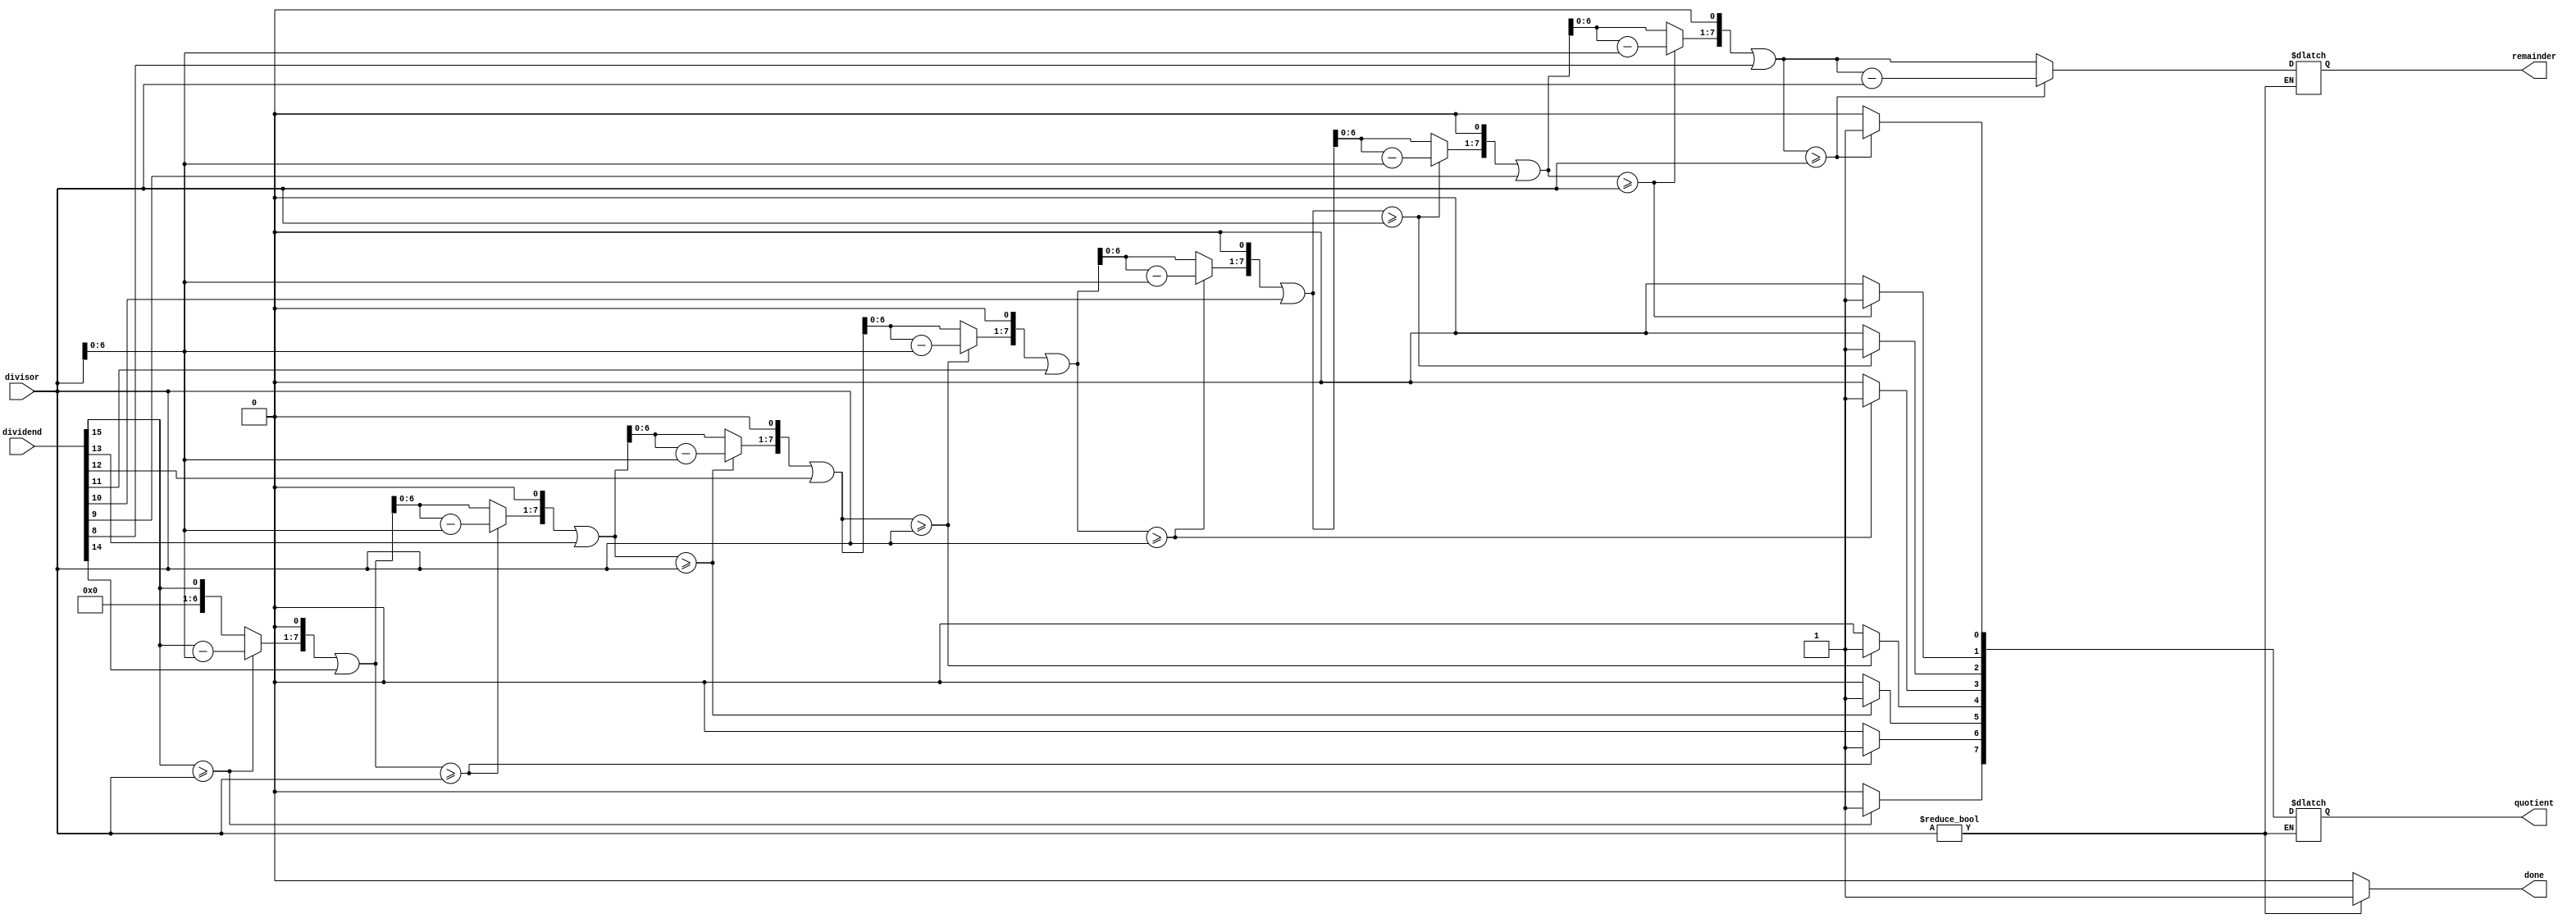
module fast_division (
  input [15:0] dividend,     // 16-bit dividend
  input [7:0] divisor,       // 8-bit divisor
  output reg [7:0] quotient,  // 8-bit quotient
  output reg [7:0] remainder, // 8-bit remainder
  output reg done            // Done flag
);

  reg [15:0] temp_dividend;   // Temporary register for dividend
  reg [7:0] temp_remainder;   // Temporary register for remainder
  reg [3:0] i;                // Loop variable

  always @(*) begin
    temp_dividend = dividend; // Assign initial value to the temporary dividend
    temp_remainder = 8'b0;    // Initialize temporary remainder to zero
    done = 0;                 // Set done flag to false
    
    if (divisor != 8'b0) begin // Check if divisor is non-zero to avoid division by zero
      quotient = 8'b0;        // Initialize quotient to zero
      
      for (i = 15; i >= 8; i = i - 1) begin // Start the loop from the most significant bit of dividend
        temp_remainder = (temp_remainder << 1) | temp_dividend[i]; // Shift remainder left by 1 and append current dividend bit
        
        if (temp_remainder >= divisor) begin // Check if remainder is greater than or equal to divisor
          temp_remainder = temp_remainder - divisor; // Subtract divisor from the remainder
          quotient[i-8] = 1;               // Set the current quotient bit to 1
        end
      end
      
      remainder = temp_remainder; // Assign the final value of the temporary remainder to the remainder output
      done = 1;                   // Set done flag to true to indicate division completion
    end
  end

endmodule